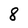
Character: 8